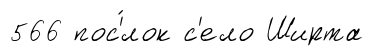
566 пос'́лок с'ело Ширта